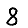
Digit: 8